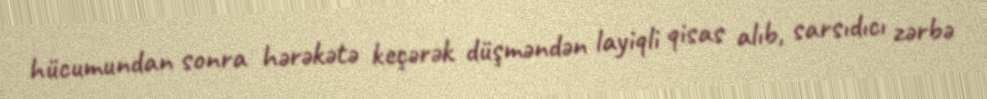
hücumundan sonra hərəkətə keçərək düşməndən layiqli qisas alıb, sarsıdıcı zərbə